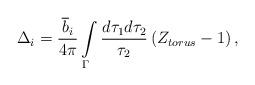
LaTeX: \begin{align*}\Delta _{i}=\frac{\overline{b}_{i}}{4\pi }\int\limits_{\Gamma }\frac{d\tau_{1}d\tau _{2}}{\tau _{2}}\left( Z_{torus}-1\right), \end{align*}